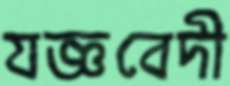
যজ্ঞবেদী